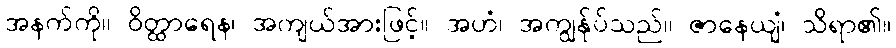
အနက်ကို။ ဝိတ္ထာရေန၊ အကျယ်အားဖြင့်။ အဟံ၊ အကျွန်ုပ်သည်။ ဇာနေယျံ၊ သိရာ၏။